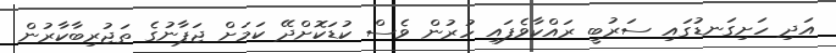
އަދި ހަށިގަނޑުގައި ސަރުބީ ރައްކާވެފައި ހުރުން ވެސް ކުޑަކޮށްދޭ ކަމަށް ޖަޕާނުގެ ތަޖުރިބާކާރުން